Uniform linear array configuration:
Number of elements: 64
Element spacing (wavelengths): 0.75
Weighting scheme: hamming
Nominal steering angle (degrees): -60
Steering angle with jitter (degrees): -61.884
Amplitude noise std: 0.05
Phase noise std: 0.05

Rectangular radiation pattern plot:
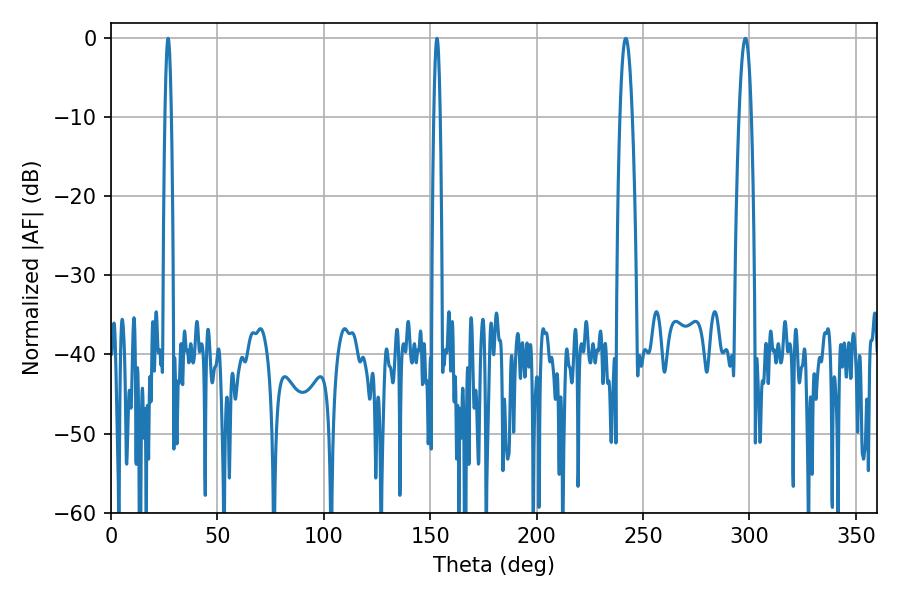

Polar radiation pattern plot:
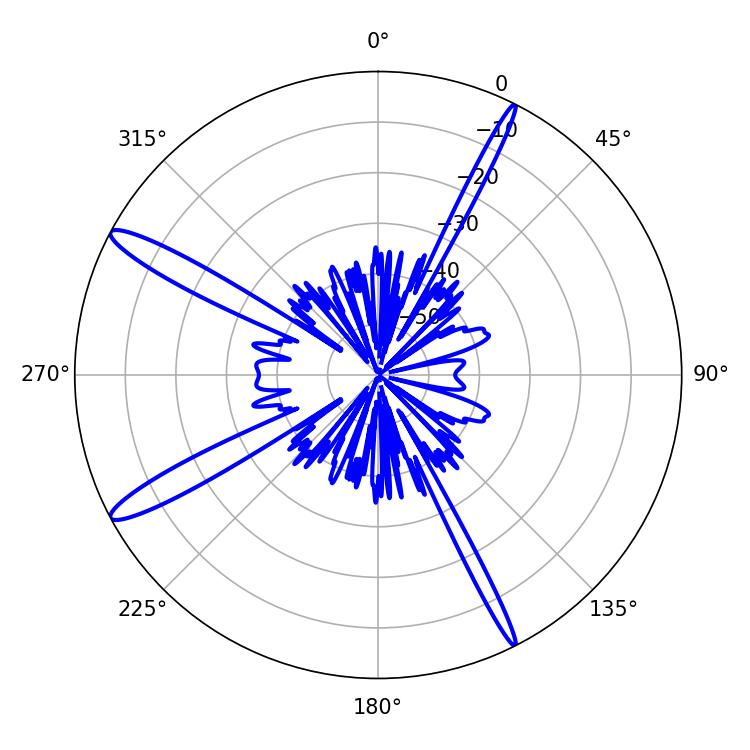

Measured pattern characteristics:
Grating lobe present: TRUE
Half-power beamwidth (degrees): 1.44
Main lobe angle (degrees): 26.82